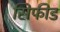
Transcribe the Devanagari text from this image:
सिफीड